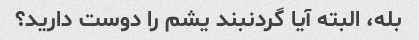
بله، البته آیا گردنبند یشم را دوست دارید؟